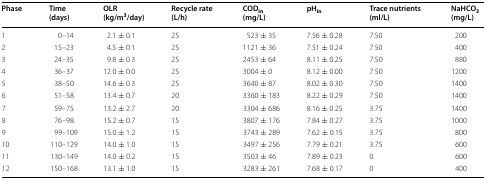
<table><thead><tr><td><b>Phase</b></td><td><b>Time (days)</b></td><td><b>OLR (kg/m<sup>3</sup>/day)</b></td><td><b>Recycle rate (L/h)</b></td><td><b>COD<sub>in</sub> (mg/L)</b></td><td><b>pH<sub>in</sub></b></td><td><b>Trace nutrients (ml/L)</b></td><td><b>NaHCO<sub>3</sub> (mg/L)</b></td></tr></thead><tbody><tr><td>1</td><td>0–14</td><td>2.1 ± 0.1</td><td>25</td><td>523 ± 35</td><td>7.56 ± 0.28</td><td>7.50</td><td>200</td></tr><tr><td>2</td><td>15–23</td><td>4.5 ± 0.1</td><td>25</td><td>1121 ± 36</td><td>7.51 ± 0.24</td><td>7.50</td><td>400</td></tr><tr><td>3</td><td>24–35</td><td>9.8 ± 0.3</td><td>25</td><td>2453 ± 64</td><td>8.11 ± 0.25</td><td>7.50</td><td>880</td></tr><tr><td>4</td><td>36–37</td><td>12.0 ± 0.0</td><td>25</td><td>3004 ± 0</td><td>8.12 ± 0.00</td><td>7.50</td><td>1200</td></tr><tr><td>5</td><td>38–50</td><td>14.6 ± 0.3</td><td>25</td><td>3640 ± 87</td><td>8.02 ± 0.30</td><td>7.50</td><td>1400</td></tr><tr><td>6</td><td>51–58</td><td>13.4 ± 0.7</td><td>20</td><td>3360 ± 183</td><td>8.22 ± 0.29</td><td>7.50</td><td>1400</td></tr><tr><td>7</td><td>59–75</td><td>13.2 ± 2.7</td><td>20</td><td>3304 ± 686</td><td>8.16 ± 0.25</td><td>3.75</td><td>1400</td></tr><tr><td>8</td><td>76–98</td><td>15.2 ± 0.7</td><td>15</td><td>3807 ± 176</td><td>7.84 ± 0.27</td><td>3.75</td><td>1000</td></tr><tr><td>9</td><td>99–109</td><td>15.0 ± 1.2</td><td>15</td><td>3743 ± 289</td><td>7.62 ± 0.15</td><td>3.75</td><td>800</td></tr><tr><td>10</td><td>110–129</td><td>14.0 ± 1.0</td><td>15</td><td>3497 ± 256</td><td>7.79 ± 0.21</td><td>3.75</td><td>600</td></tr><tr><td>11</td><td>130–149</td><td>14.0 ± 0.2</td><td>15</td><td>3503 ± 46</td><td>7.89 ± 0.23</td><td>0</td><td>600</td></tr><tr><td>12</td><td>150–168</td><td>13.1 ± 1.0</td><td>15</td><td>3283 ± 261</td><td>7.68 ± 0.17</td><td>0</td><td>400</td></tr></tbody></table>